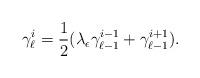
LaTeX: \begin{align*}\gamma _{\ell}^{i}=\frac{1}{2}(\lambda _{\epsilon }\gamma_{\ell-1}^{i-1}+\gamma _{\ell-1}^{i+1}). \end{align*}